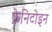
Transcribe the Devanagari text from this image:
फ़ेनिटोइन